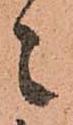
々